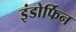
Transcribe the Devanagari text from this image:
इंडोर्फिन